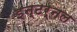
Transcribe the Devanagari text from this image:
इन्टर्नल